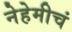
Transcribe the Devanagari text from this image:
नेहेमीचं